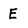
Character: E